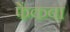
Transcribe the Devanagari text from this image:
फेंकवा